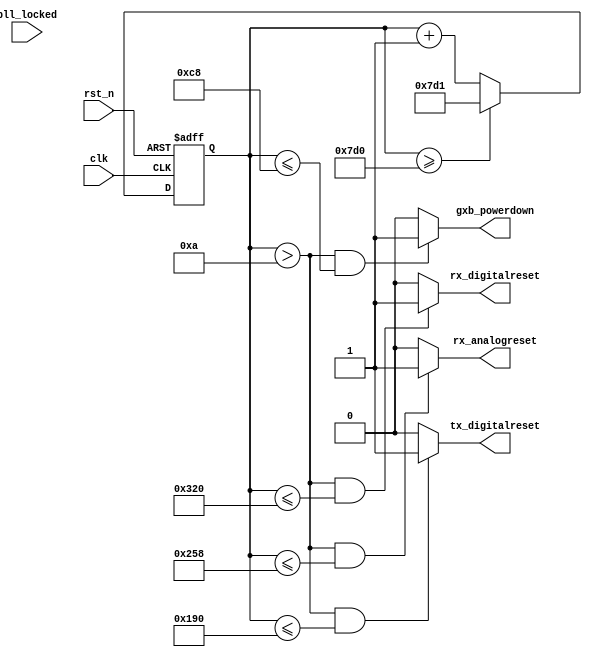
module gx_rst_ctrl 
(
    input		clk,
    input		rst_n,
    input		pll_locked,

    output		gxb_powerdown,
    output		tx_digitalreset, 
    output		rx_analogreset,
    output		rx_digitalreset
);

reg     [15:00]             clk_cnt;

always @ (posedge clk or negedge rst_n)
begin
    if(~rst_n)
        clk_cnt <= 0;
    else if(clk_cnt >= 2000)
        clk_cnt <= 'd2001;
    else
        clk_cnt <= clk_cnt + 1'b1;
end

assign                      gxb_powerdown = (clk_cnt > 10) && (clk_cnt <= 200) ? 1 : 0;
assign                      pll_reset = gxb_powerdown;

assign                      tx_digitalreset = (clk_cnt > 10) && (clk_cnt <= 400) ? 1 : 0;
assign                      rx_analogreset = (clk_cnt > 10) && (clk_cnt <= 600) ? 1 : 0;
assign                      rx_digitalreset = (clk_cnt > 10) && (clk_cnt <= 800) ? 1 : 0;
endmodule

//      module gx_rst_ctrl 
//      (
//          input		clk,
//          input		rst_n,
//          input		gxb_pwrdn_in,
//          input		pll_locked,
//          input		rx_freqlocked,
//          output		gxb_powerdown,
//          output		tx_digitalreset, 
//          output		rx_analogreset,
//          output		rx_digitalreset,
//          input busy,
//          output reg rx_locktorefclk,
//          output reg rx_locktodata
//      );
//      
//      reg			gxb_powerdown;
//      reg			tx_digitalreset;
//      reg			rx_analogreset;
//      reg			rx_digitalreset;
//      
//      
//      reg	[8:0]	count_rx_digitalreset;
//      reg [3:0]	state;
//      
//      
//      reg [11:0]count_rx_ltd_ltc;
//      
//      // FSM
//      always @ (posedge clk or negedge rst_n)
//      begin
//          if ( !rst_n ) 
//          begin
//              state <= 4'd0;    
//              gxb_powerdown <= 1'b0;
//              tx_digitalreset <= 1'b1;
//              rx_analogreset <= 1'b1;
//              rx_digitalreset <= 1'b1; 
//              count_rx_digitalreset <= 9'd0;  
//              count_rx_ltd_ltc <= 12'd0;	
//          end
//          else 
//          begin
//              case(state)
//                  4'd0:
//                  begin
//                      if(gxb_pwrdn_in)
//                      begin
//                          state <= state + 1'b1;
//                      end
//                  end
//                  4'd1:
//                  begin
//                      gxb_powerdown <= 1'b1;
//                      tx_digitalreset <= 1'b1;
//                      rx_analogreset <= 1'b1;
//                      rx_digitalreset <= 1'b1; 
//                      rx_locktodata <= 1'b0;
//                      rx_locktorefclk <= 1'b1;
//                      if(gxb_pwrdn_in==1'b0)
//                      begin
//                          state <= state + 1'b1;
//                      end
//                  end
//      
//                  4'd2:
//                  begin
//                      gxb_powerdown <= 1'b0;
//                      tx_digitalreset <= 1'b1;
//                      rx_analogreset <= 1'b1;
//                      rx_digitalreset <= 1'b1; 
//                      rx_locktodata <= 1'b0;
//                      rx_locktorefclk <= 1'b1;
//                      if(pll_locked)
//                      begin
//                          state <= state + 1'b1;
//                      end
//                  end
//                  4'd3:
//                  begin
//                      gxb_powerdown <= 1'b0;
//                      tx_digitalreset <= 1'b0;
//                      rx_analogreset <= 1'b1;
//                      rx_digitalreset <= 1'b1; 
//                      rx_locktodata <= 1'b0;
//                      rx_locktorefclk <= 1'b1;
//                      if(busy)
//                      begin
//                          state <= 4'd3;
//                      end
//                      else
//                      begin
//                          state <= state + 1'b1;
//                      end
//                  end
//                  4'd4:
//                  begin
//                      state <= state + 1'b1;
//                  end
//                  4'd5:
//                  begin
//                      gxb_powerdown <= 1'b0;
//                      tx_digitalreset <= 1'b0;
//                      rx_analogreset <= 1'b0;
//                      rx_digitalreset <= 1'b1; 
//                      rx_locktodata <= 1'b0;
//                      rx_locktorefclk <= 1'b1;
//                      if(count_rx_ltd_ltc < 12'd2500)
//                      begin
//                          count_rx_ltd_ltc <= count_rx_ltd_ltc + 1'b1;
//                      end
//                      else
//                      begin
//                          state <= state + 1'b1;
//                      end
//                  end
//                  4'd6:
//                  begin
//                      count_rx_ltd_ltc <= 12'd0;
//                      rx_locktodata <= 1'b0;
//                      rx_locktorefclk <= 1'b1;
//                      if(count_rx_digitalreset < 9'd200)
//                      begin
//                          count_rx_digitalreset <= count_rx_digitalreset + 1'b1;
//                      end
//                      else
//                      begin
//                          state <= state + 1'b1;
//                      end
//                  end
//                  4'd7:
//                  begin
//                      gxb_powerdown <= 1'b0;
//                      tx_digitalreset <= 1'b0;
//                      rx_analogreset <= 1'b0;
//                      rx_digitalreset <= 1'b0; 
//                      rx_locktodata <= 1'b0;
//                      rx_locktorefclk <= 1'b1;
//                      if(gxb_pwrdn_in)
//                      begin
//                          state <= 4'd0;
//                      end
//                      else if(pll_locked==1'b0)
//                      begin
//                          state <= 4'd2;
//                      end
//                      else
//                      begin
//                          state <= 4'd7;
//                      end
//                  end
//                  default :
//                  begin
//                      gxb_powerdown <= 1'b0;
//                      tx_digitalreset <= 1'b1;
//                      rx_analogreset <= 1'b1;
//                      rx_digitalreset <= 1'b1; 
//                  end
//      
//              endcase	
//          end
//      end
//      

//   endmodule